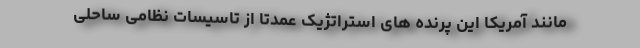
مانند آمریکا این پرنده های استراتژیک عمدتا از تاسیسات نظامی ساحلی